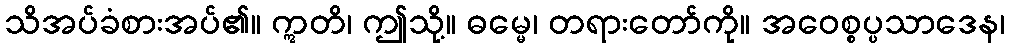
သိအပ်ခံစားအပ်၏။ ဣတိ၊ ဤသို့။ ဓမ္မေ၊ တရားတော်ကို။ အဝေစ္စပ္ပသာဒေန၊